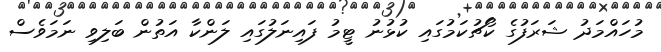
މުހައްމަދު ޝަރަފުގެ ކޯޗުކަމުގައި ކުޅުނު ޓީމު ފައިނަލުގައި ލަންކާ އަތުން ބަލިވި ނަމަވެސް